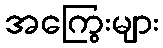
အကြွေးများ